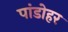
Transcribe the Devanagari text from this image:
पांडोहर